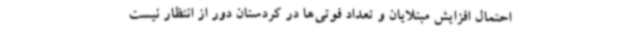
احتمال افزایش مبتلایان و تعداد فوتی‌ها در کردستان دور از انتظار نیست